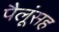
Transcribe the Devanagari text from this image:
पैलूंसह